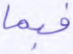
فبما